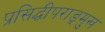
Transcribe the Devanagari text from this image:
प्रसिद्धीपराङ्‌मुख